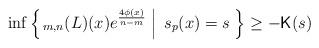
LaTeX: \begin{align*}\inf\left\{\left. _{m,n}(L)(x)e^{\frac{4\phi(x)}{n-m}}\;\right|\; s_p(x)=s\; \right\}\geq -{\sf K}(s)\end{align*}